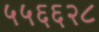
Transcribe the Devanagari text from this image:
५५६६२८